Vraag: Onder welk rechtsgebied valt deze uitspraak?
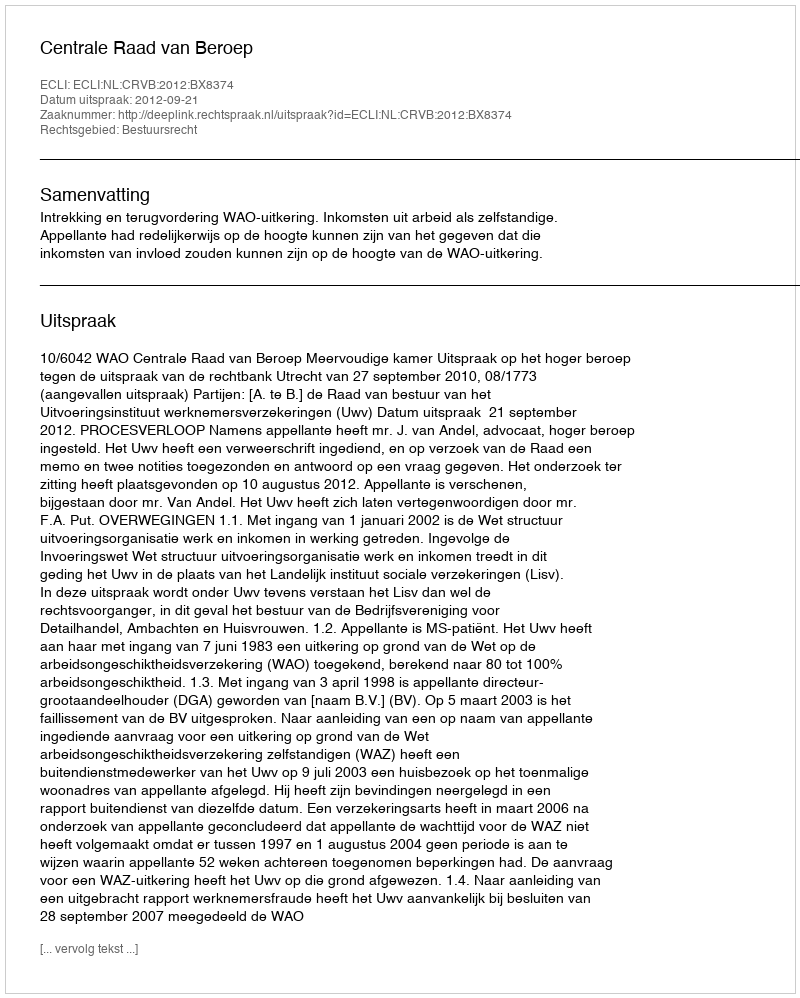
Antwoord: Bestuursrecht